Indian journal of veterinary science and animal husbandry - Volume 4,
Year: 1934
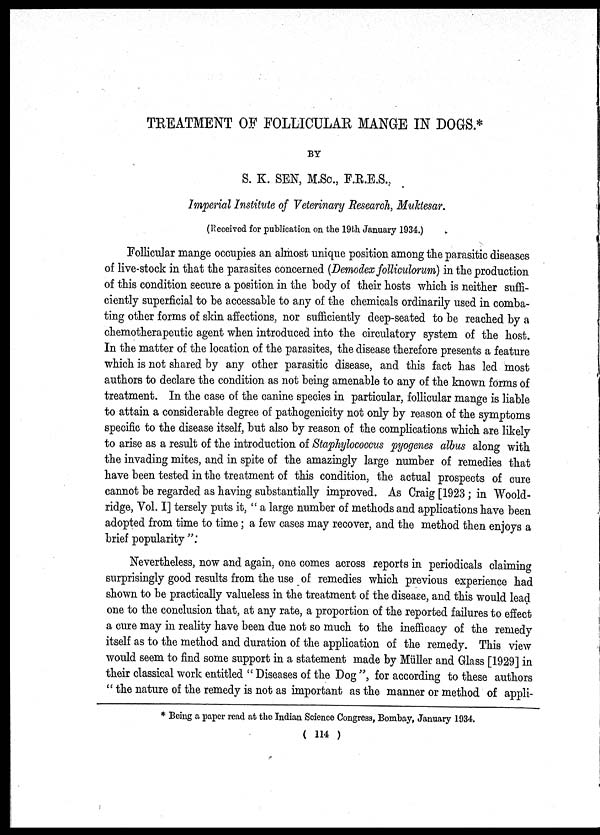
TREATMENT OF FOLLICULAR MANGE IN DOGS *
BY
S. K. SEN, M.Sc., F.R.E.S.,
Imperial Institute of Veterinary Research, Muktesar.
(Received for publication on the 19th January 1934.)
Follicular mange occupies an almost unique position among the parasitic diseases
of live-stock in that the parasites concerned (Demodex folliculorum) in the production
of this condition secure a position in the body of their hosts which is neither suffi-
ciently superficial to be accessable to any of the chemicals ordinarily used in comba-
ting other forms of skin affections, nor sufficiently deep-seated to be reached by a
chemotherapeutic agent when introduced into the circulatory system of the host.
In the matter of the location of the parasites, the disease therefore presents a feature
which is not shared by any other parasitic disease, and this fact has led most
authors to declare the condition as not being amenable to any of the known forms of
treatment. In the case of the canine species in particular, follicular mange is liable
to attain a considerable degree of pathogenicity not only by reason of the symptoms
specific to the disease itself, but also by reason of the complications which are likely
to arise as a result of the introduction of Staphylococcus pyogenes albus along with
the invading mites, and in spite of the amazingly large number of remedies that
have been tested in the treatment of this condition, the actual prospects of cure
cannot be regarded as having substantially improved. As Craig [1923 ; in Woold¬
ridge, Vol. I] tersely puts it, " a large number of methods and applications have been
adopted from time to time ; a few cases may recover, and the method then enjoys a
brief popularity ".'
Nevertheless, now and again, one comes across reports in periodicals claiming
surprisingly good results from the use of remedies which previous experience had
shown to be practically valueless in the treatment of the disease, and this would lead
one to the conclusion that, at any rate, a proportion of the reported failures to effect
a cure may in reality have been due not so much to the inefficacy of the remedy
itself as to the method and duration of the application of the remedy. This view
would seem to find some support in a statement made by Müller and Glass [1929] in
their classical work entitled " Diseases of the Dog ", for according to these authors
" the nature of the remedy is not as important as the manner or method of appli¬
* Being a paper read at the Indian Science Congress, Bombay, January 1934.
( 114 )